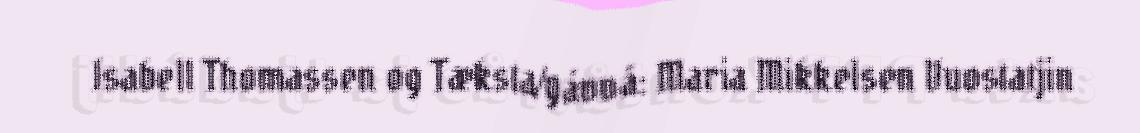
Isabell Thomassen og Tæksta/gávvå: Maria Mikkelsen Vuostatjin